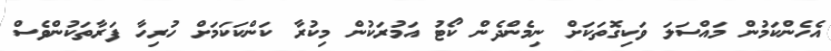
އެހެންކަމުން މައްސަލަ ވަކިގޮތަކަށް ނިމެންދެން ކޯޓު އަމުރަކުން މިކުރާ ކަންކަކަމަށް ހުރިހާ ފަރާތަކުންވެސް